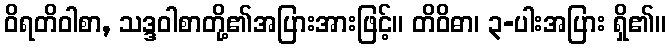
ဝိရတိဝါစာ, သဒ္ဒဝါစာတို့၏အပြားအားဖြင့်။ တိဝိဓာ၊ ၃-ပါးအပြား ရှိ၏။